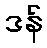
ဒန်